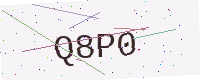
Text: Q8P0